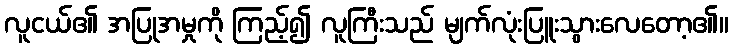
လူငယ်၏ အပြုအမှုကို ကြည့်၍ လူကြီးသည် မျက်လုံးပြူးသွားလေတော့၏။